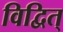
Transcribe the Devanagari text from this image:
विद्वित्